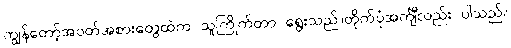
ကျွန်တော့်အဝတ်အစားတွေထဲက သူကြိုက်တာ ရွေးသည်။တိုက်ပုံအင်္ကျီလည်း ပါသည်။